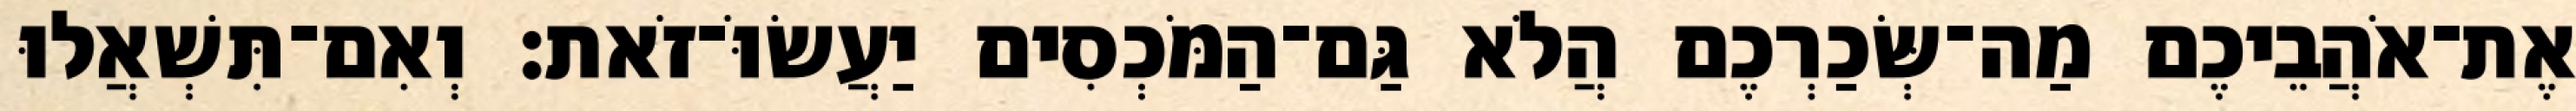
אֶת־אֹהֲבֵיכֶם מַה־שְּׂכַרְכֶם הֲלֹא גַּם־הַמֹּכְסִים יַעֲשׂוֹּ־זֹאת׃ וְאִם־תִּשְׁאֲלוּ